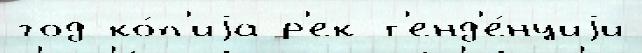
год ко́п'иjа р'ек т'енд'е́нциjи